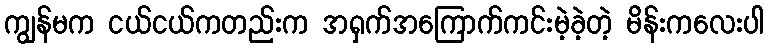
ကျွန်မက ငယ်ငယ်ကတည်းက အရှက်အကြောက်ကင်းမဲ့ခဲ့တဲ့ မိန်းကလေးပါ